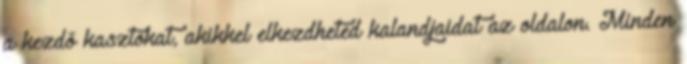
a kezdő kasztokat, akikkel elkezdheted kalandjaidat az oldalon. Minden